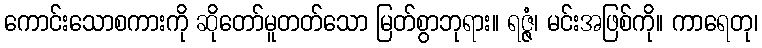
ကောင်းသောစကားကို ဆိုတော်မူတတ်သော မြတ်စွာဘုရား။ ရဇ္ဇံ၊ မင်းအဖြစ်ကို။ ကာရေတု၊